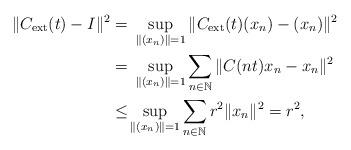
LaTeX: \begin{align*} \|C_{\mathrm{ext}}(t) - I \|^2 = &\ \sup_{\|(x_n)\|=1} \|C_{\mathrm{ext}}(t) (x_n) - (x_n)\|^2 \\ =&\ \sup_{\|(x_n)\|=1} \sum_{n \in {\mathbb N}} \|C(nt) x_n- x_n\|^2\\ \leq& \sup_{\|(x_n)\|=1} \sum_{n \in {\mathbb N}} r^2 \|x_n\|^2 = r^2, \end{align*}